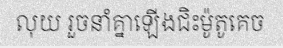
លុយ រួចនាំគ្នាឡើងជិះម៉ូតូគេច